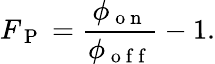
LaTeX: F_{\mathrm{~P~}}=\frac{\phi_{\mathrm{~o~n~}}}{\phi_{\mathrm{~o~f~f~}}}-1.